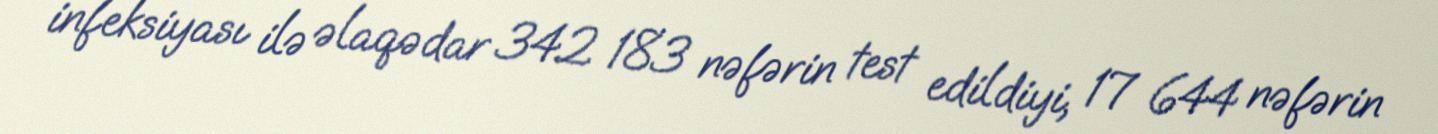
infeksiyası ilə əlaqədar 342 183 nəfərin test edildiyi, 17 644 nəfərin